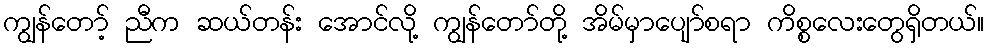
ကျွန်တော့် ညီက ဆယ်တန်း အောင်လို့ ကျွန်တော်တို့ အိမ်မှာပျော်စရာ ကိစ္စလေးတွေရှိတယ်။